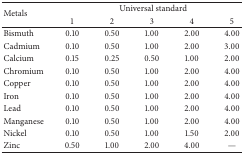
<table><thead><tr><td rowspan="2"><b>Metals</b></td><td colspan="5"><b>Universal standard</b></td></tr><tr><td><b>1</b></td><td><b>2</b></td><td><b>3</b></td><td><b>4</b></td><td><b>5</b></td></tr></thead><tbody><tr><td>Bismuth</td><td>0.10</td><td>0.50</td><td>1.00</td><td>2.00</td><td>4.00</td></tr><tr><td>Cadmium</td><td>0.10</td><td>0.50</td><td>1.00</td><td>2.00</td><td>3.00</td></tr><tr><td>Calcium</td><td>0.15</td><td>0.25</td><td>0.50</td><td>1.00</td><td>2.00</td></tr><tr><td>Chromium</td><td>0.10</td><td>0.50</td><td>1.00</td><td>2.00</td><td>4.00</td></tr><tr><td>Copper</td><td>0.10</td><td>0.50</td><td>1.00</td><td>2.00</td><td>4.00</td></tr><tr><td>Iron</td><td>0.10</td><td>0.50</td><td>1.00</td><td>2.00</td><td>4.00</td></tr><tr><td>Lead</td><td>0.10</td><td>0.50</td><td>1.00</td><td>2.00</td><td>4.00</td></tr><tr><td>Manganese</td><td>0.10</td><td>0.50</td><td>1.00</td><td>2.00</td><td>4.00</td></tr><tr><td>Nickel</td><td>0.10</td><td>0.50</td><td>1.00</td><td>1.50</td><td>2.00</td></tr><tr><td>Zinc</td><td>0.50</td><td>1.00</td><td>2.00</td><td>4.00</td><td>—</td></tr></tbody></table>